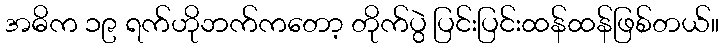
အဓိက ၁၉ ရက်ဟိုဘက်ကတော့ တိုက်ပွဲ ပြင်းပြင်းထန်ထန်ဖြစ်တယ်။